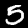
Digit: 5